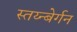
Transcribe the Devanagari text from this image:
स्तय्न्बेर्गन